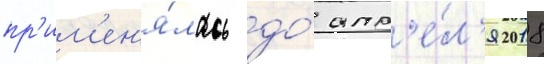
пр'им'ен'я́лась до́ апр'е́л'я 2018